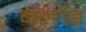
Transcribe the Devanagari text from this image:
बलौंड